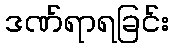
ဒဏ်ရာရခြင်း